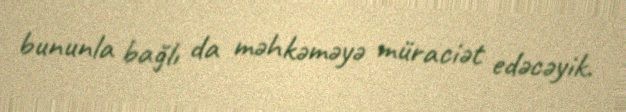
bununla bağlı da məhkəməyə müraciət edəcəyik.